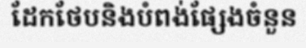
ដែកថែបនិងបំពង់ផ្សែងចំនួន